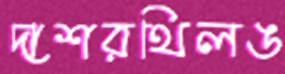
দাশরথিলঙ